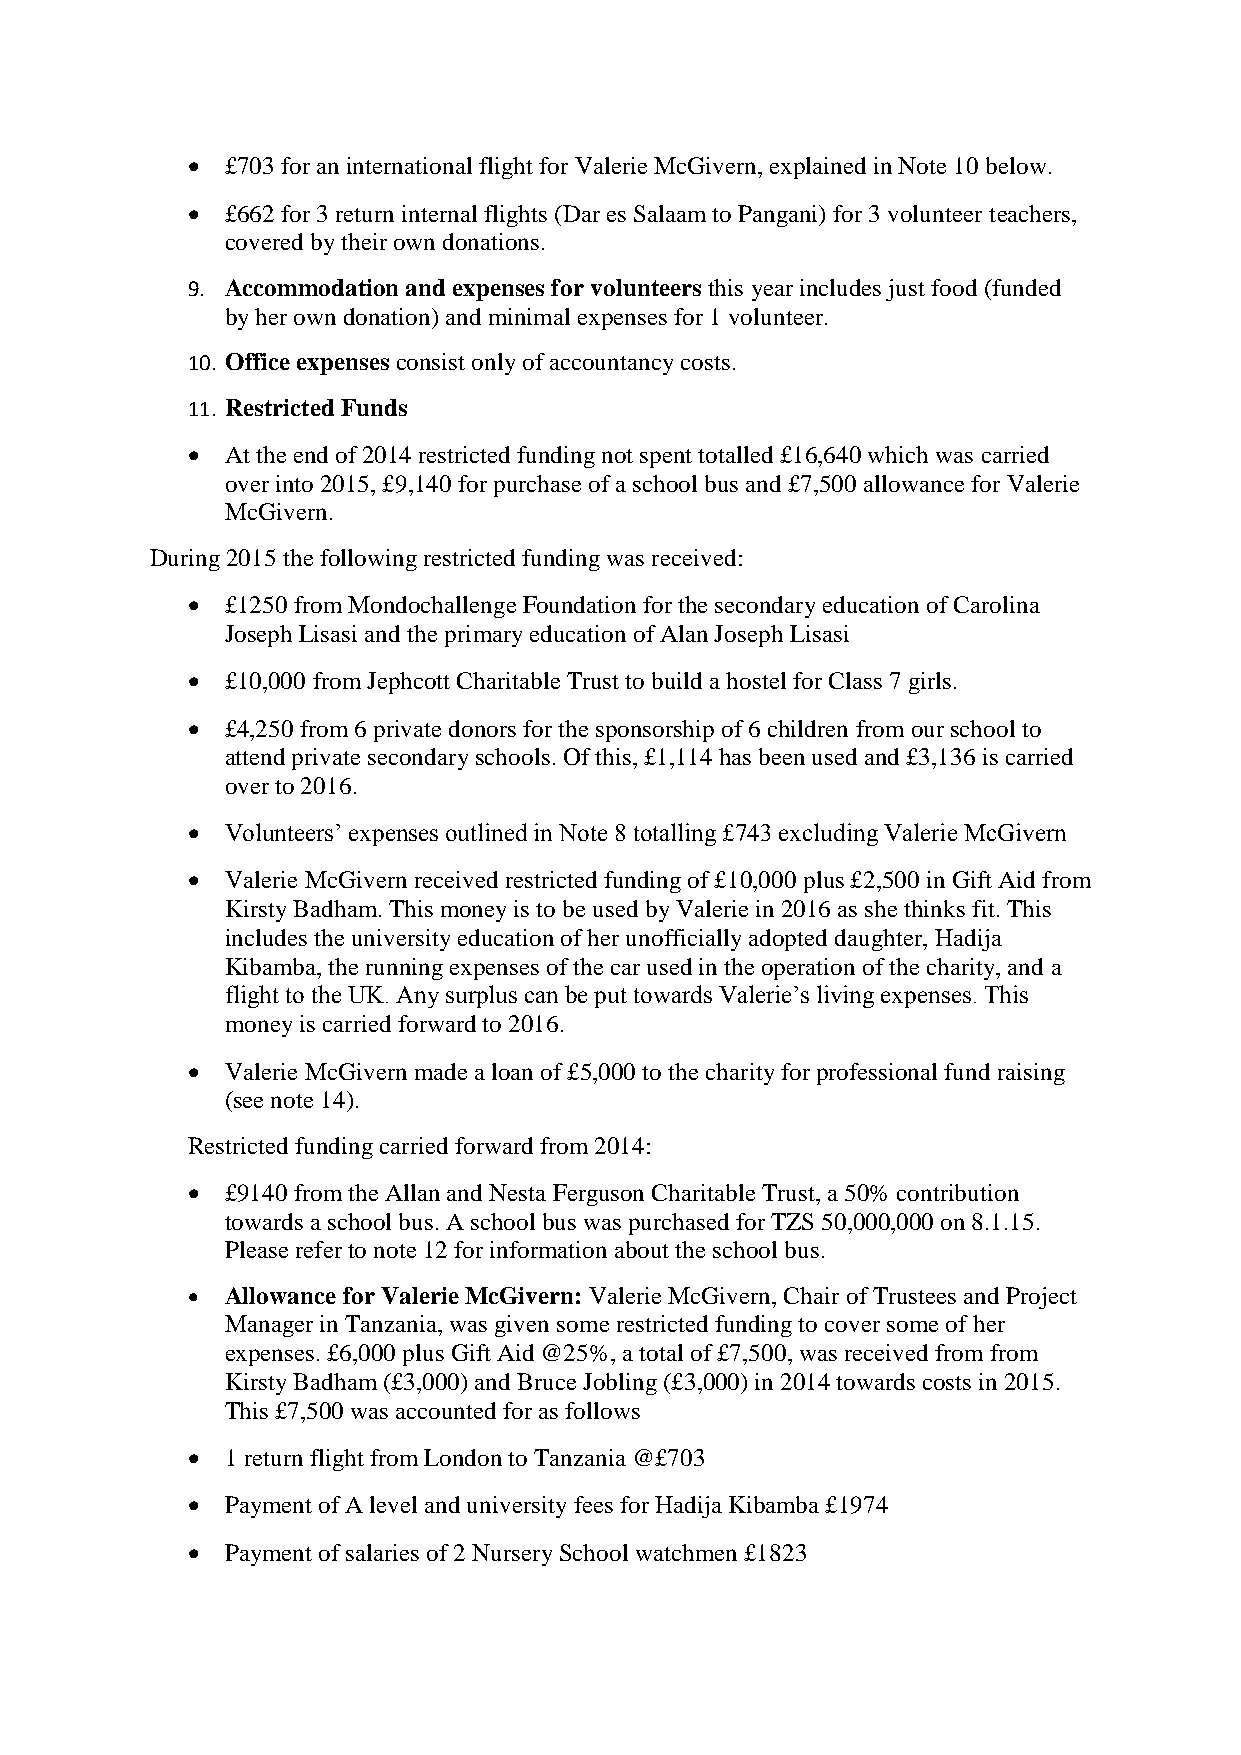
  £703 for an international flight for Valerie McGivern, explained in Note 10 below.
   £662 for 3 return internal flights (Dar es Salaam to Pangani) for 3 volunteer teachers,
 covered by their own donations.
 9. Accommodation and expenses for volunteers this year includes just food (funded
 by her own donation) and minimal expenses for 1 volunteer.
 10. Office expenses consist only of accountancy costs.
 11. Restricted Funds
   At the end of 2014 restricted funding not spent totalled £16,640 which was carried
 over into 2015, £9,140 for purchase of a school bus and £7,500 allowance for Valerie
 McGivern.
 During 2015 the following restricted funding was received:
   £1250 from Mondochallenge Foundation for the secondary education of Carolina
 Joseph Lisasi and the primary education of Alan Joseph Lisasi
   £10,000 from Jephcott Charitable Trust to build a hostel for Class 7 girls.
   £4,250 from 6 private donors for the sponsorship of 6 children from our school to
 attend private secondary schools. Of this, £1,114 has been used and £3,136 is carried
 over to 2016.
   Volunteers’ expenses outlined in Note 8 totalling £743 excluding Valerie McGivern
   Valerie McGivern received restricted funding of £10,000 plus £2,500 in Gift Aid from
 Kirsty Badham. This money is to be used by Valerie in 2016 as she thinks fit. This
 includes the university education of her unofficially adopted daughter, Hadija
 Kibamba, the running expenses of the car used in the operation of the charity, and a
 flight to the UK. Any surplus can be put towards Valerie’s living expenses. This
 money is carried forward to 2016.
   Valerie McGivern made a loan of £5,000 to the charity for professional fund raising
 (see note 14).
 Restricted funding carried forward from 2014:
   £9140 from the Allan and Nesta Ferguson Charitable Trust, a 50% contribution
 towards a school bus. A school bus was purchased for TZS 50,000,000 on 8.1.15.
 Please refer to note 12 for information about the school bus.
   Allowance for Valerie McGivern: Valerie McGivern, Chair of Trustees and Project
 Manager in Tanzania, was given some restricted funding to cover some of her
 expenses. £6,000 plus Gift Aid @25%, a total of £7,500, was received from from
 Kirsty Badham (£3,000) and Bruce Jobling (£3,000) in 2014 towards costs in 2015.
 This £7,500 was accounted for as follows
   1 return flight from London to Tanzania @£703
   Payment of A level and university fees for Hadija Kibamba £1974
   Payment of salaries of 2 Nursery School watchmen £1823